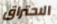
الاحتراق